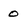
Character: 0